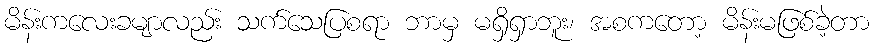
မိန်းကလေးခမျာလည်း သက်သေပြစရာ ဘာမှ မရှိရှာဘူး၊ အစကတော့ မိန်းမဖြစ်ခဲ့တာ